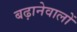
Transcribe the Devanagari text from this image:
बढ़ानेवालों